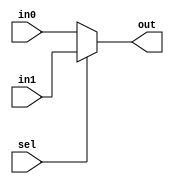
module mux_2_16(sel, in0, in1, out);
	input sel;
	input [15:0] in0,in1;
	output [15:0] out;
	assign out = sel ? in1 : in0;
endmodule